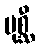
ပုစ္ဆီ